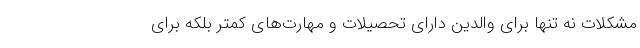
مشکلات نه تنها برای والدین دارای تحصیلات و مهارت‌های کمتر بلکه برای